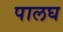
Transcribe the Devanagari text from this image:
पालघ